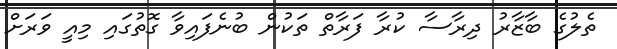
ތެލުގެ ބާޒާރު ދިރާސާ ކުރާ ފަރާތް ތަކުން ބުނެފައިވާ ގޮތުގައި މިއީ ވަަރަށް